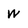
Character: w